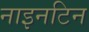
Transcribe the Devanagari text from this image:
नाइनटिन